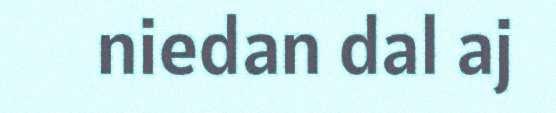
niedan dal aj